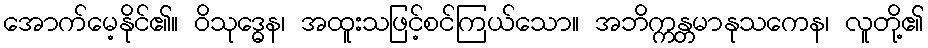
အောက်မေ့နိုင်၏။ ဝိသုဒ္ဓေန၊ အထူးသဖြင့်စင်ကြယ်သော။ အဘိက္ကန္တမာနုသကေန၊ လူတို့၏